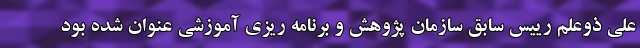
علی ذوعلم رییس سابق سازمان پژوهش و برنامه ریزی آموزشی عنوان شده بود